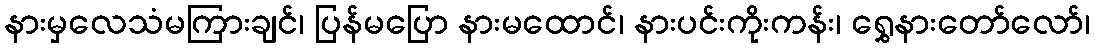
နားမှလေသံမကြားချင်၊ ပြန်မပြော နားမထောင်၊ နားပင်းကိုးကန်း၊ ရွှေနားတော်လော်၊